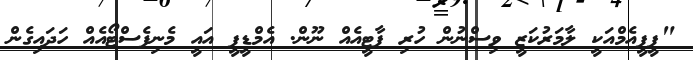
"ޕީޕީއެމްއަކީ ލާމަރުކަޒީ ވިސްނުން ހުރި ޕާޓީއެއް ނޫން. އެމްޑީޕީ އައީ މެނިފެސްޓޯއެއް ހަދައިގެން